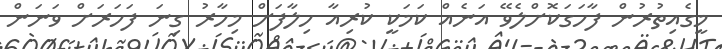
މީގެއިތުރުން ފާހަގަކޮށްލެވޭ އަނެެއް ކަމަކީ ކުރިއާ ހިލާފަށް މިހާރު ގިނަ ފަހަރަށް ވަނަން